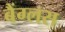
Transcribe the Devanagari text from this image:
बैंग्लस